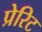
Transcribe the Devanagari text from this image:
प्रेरिट